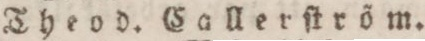
Theod. Callerſtröm.